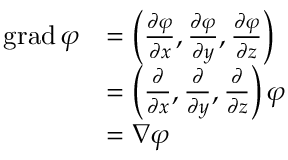
{ \begin{array} { r l } { \operatorname { g r a d } \varphi } & { = \left( { \frac { \partial \varphi } { \partial x } } , { \frac { \partial \varphi } { \partial y } } , { \frac { \partial \varphi } { \partial z } } \right) } \\ & { = \left( { \frac { \partial } { \partial x } } , { \frac { \partial } { \partial y } } , { \frac { \partial } { \partial z } } \right) \varphi } \\ & { = \nabla \varphi } \end{array} }